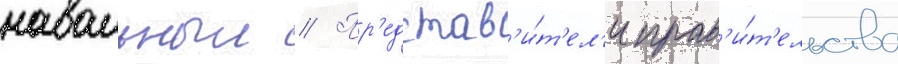
навальныи // Пр'едстав'и́т'ел'и прав'и́т'ельства